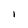
Character: l